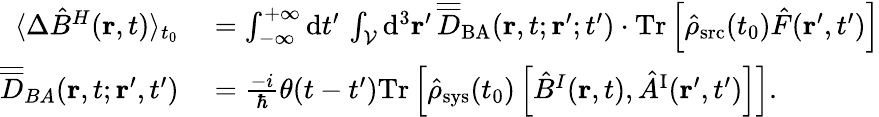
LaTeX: \begin{array}{rl}{\langle\Delta\hat{B}^{H}({\mathbf r},t)\rangle_{t_{0}}}&{{}=\int_{-\infty}^{+\infty}\mathrm{d}t^{\prime}\, \int_{\cal V}\mathrm{d}^{3}{\mathbf r}^{\prime}\, \overline{{\overline{{D}}}}_{\mathrm{BA}}({\mathbf r},t;{\mathbf r}^{\prime};t^{\prime})\cdot\mathrm{Tr}\left[\hat{\rho}_{\mathrm{src}}(t_{0})\hat{F}({\mathbf r}^{\prime},t^{\prime})\right]}\\ {\overline{{\overline{{D}}}}_{BA}({\mathbf r},t;{\mathbf r}^{\prime},t^{\prime})}&{{}=\frac{-i}{\hbar}\theta(t-t^{\prime})\mathrm{Tr}\left[\hat{\rho}_{\mathrm{sys}}(t_{0})\left[\hat{B}^{I}({\mathbf r},t),\hat{A}^{\mathrm{I}}({\mathbf r}^{\prime},t^{\prime})\right]\right].}\end{array}